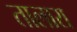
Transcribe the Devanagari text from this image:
तालारा